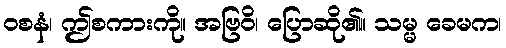
ဝစနံ၊ ဤစကားကို။ အဗြဝိ၊ ပြောဆို၏။ သမ္မ ခေမက၊